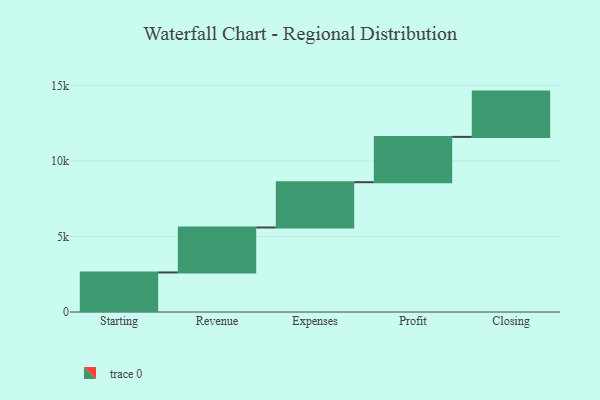
{"axis": {"x": "Step", "y": "Value"}, "legend": [""], "data": [{"x": "Starting", "y": 2619.0, "type": ""}, {"x": "Revenue", "y": 2979.0, "type": ""}, {"x": "Expenses", "y": 3000, "type": ""}, {"x": "Profit", "y": 3000, "type": ""}, {"x": "Closing", "y": 3000, "type": ""}]}